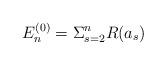
LaTeX: \begin{align*}E^{(0)}_n = \Sigma_{s=2}^{n}R(a_s)\end{align*}